Civil Veterinary Department. United Provinces 1932-42 - 1932-1942
Year: 1932
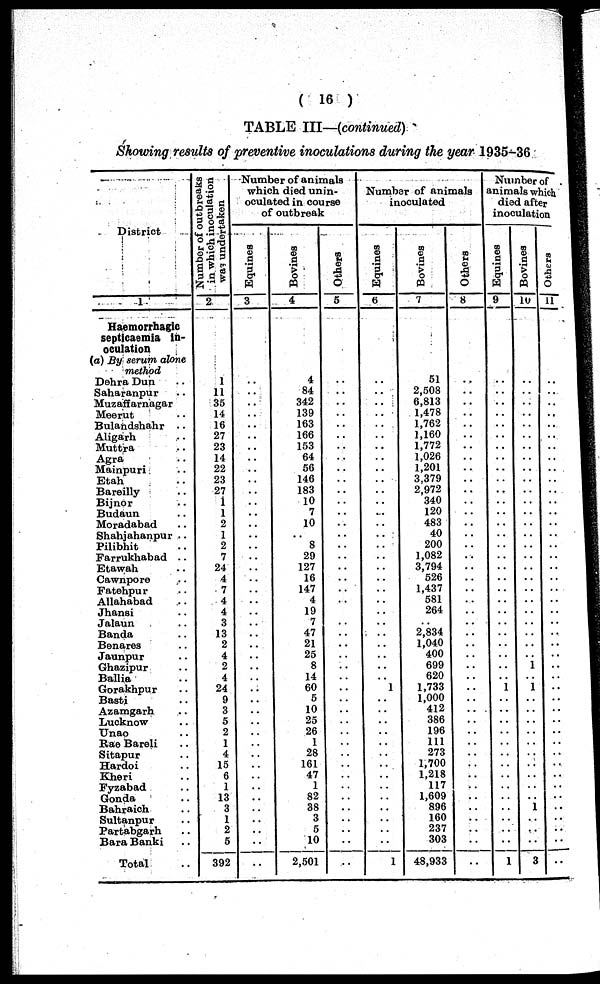
( 16 )
TABLE III—(continued)
Showing results of preventive inoculations during the year 1935-36
District
1
Haemorrhagic
septicaemia in-
oculation
(a) By serum alone
method
Dehra Dun ..
Saharanpur ..
Muzaffarnagar
Meerut ..
Bulandshahr
..
Aligarh ..
Muttra ..
Agra ..
Mainpuri ..
Etah ..
Bareilly ..
Bijnor ..
Budaun ..
Moradabad ..
Shahjahanpur ..
Pilibhit ..
Farrukhabad ..
Etawah ..
Cawnpore ..
Fatehpur ..
Allahabad ..
Jhansi ..
Jalaun ..
Banda ..
Benares ..
Jaunpur ..
Ghazipur ..
Ballia ..
Gorakhpur ..
Basti ..
Azamgarh ..
Lucknow ..
Unao ..
Rae Bareli ..
Sitapur ..
Hardoi ..
Kheri ..
Fyzabad ..
Gonda ..
Bahraich ..
Sultanpur ..
Partabgarh ..
Bara Banki ..
Total ..
Number of outbreaks
in which inoculation
wasundertaken
2
1
11
35
14
16
27
23
14
22
23
27
1
1
2
1
2
7
24
4
7
4
4
3
13
2
4
2
4
24
9
3
5
2
1
4
15
6
1
13
3
1
2
5
392
Number of animals
which died unin-
oculated in course
of outbreak
Equines
3
..
..
..
..
..
..
..
..
..
..
..
..
..
..
..
..
..
..
..
..
..
..
..
..
..
..
..
..
..
..
..
..
..
..
..
..
..
..
..
..
..
..
..
..
Bovines
4
4
84
342
139
163
166
153
64
56
146
183
10
7
10
..
8
29
127
16
147
4
19
7
47
21
25
8
14
60
5
10
25
26
1
28
161
47
1
82
38
3
5
10
2,501
Others
5
..
..
..
..
..
..
..
..
..
..
..
..
..
..
..
..
..
..
..
..
..
..
..
..
..
..
..
..
..
..
..
..
..
..
..
..
..
..
..
..
..
..
..
..
Number of animals
inoculated
Equines
6
..
..
..
..
..
..
..
..
..
..
..
..
...
..
..
..
..
..
..
..
..
..
..
..
..
..
..
..
1
..
..
..
..
..
..
..
..
..
..
..
..
..
..
1
Bovines
7
51
2,508
6,813
1,478
1,762
1,160
1,772
1,026
1,201
3,379
2,972
340
120
483
40
200
1,082
3,794
526
1,437
581
264
..
2,834
1,040
400
699
620
1,733
1,000
412
386
196
111
273
1,700
1,218
117
1,609
896
160
237
303
48,933
Others
8
..
..
..
..
..
..
..
..
..
..
..
..
..
..
..
..
..
..
..
..
..
..
..
..
..
..
..
..
..
..
..
..
..
..
..
..
..
..
..
..
..
..
..
..
Number of
animals which
died after
inoculation
Equines
9
..
..
..
..
..
..
..
..
..
..
..
..
..
..
..
..
..
..
..
..
..
..
..
..
..
..
..
..
1
..
..
..
..
..
..
..
..
..
..
..
..
..
..
1
Bovines
10
..
..
..
..
..
..
..
..
..
..
..
..
..
..
..
..
..
..
..
..
..
..
..
..
..
..
1
..
1
..
..
..
..
..
..
..
..
..
..
1
..
..
..
3
Others
11
..
..
..
..
..
..
..
..
..
..
..
..
..
..
..
..
..
..
..
..
..
..
..
..
..
..
..
..
..
..
..
..
..
..
..
..
..
..
..
..
..
..
..
..